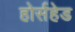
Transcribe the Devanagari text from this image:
होर्सहेड